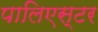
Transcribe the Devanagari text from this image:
पालिएस्टर